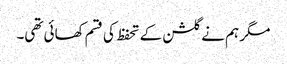
مگر ہم نے گلشن کے تحفظ کی قسم کھائی تھی۔